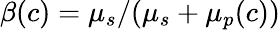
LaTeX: \beta(c)=\mu_{s}/(\mu_{s}+\mu_{p}(c))